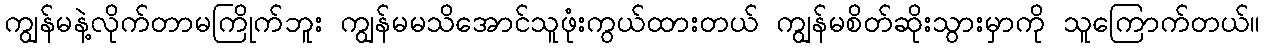
ကျွန်မနဲ့လိုက်တာမကြိုက်ဘူး ကျွန်မမသိအောင်သူဖုံးကွယ်ထားတယ် ကျွန်မစိတ်ဆိုးသွားမှာကို သူကြောက်တယ်။